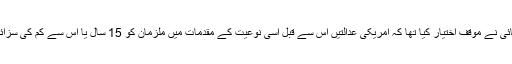
البتہ وکلائے صفائی نے موقف اختیار کیا تھا کہ امریکی عدالتیں اس سے قبل اسی نوعیت کے مقدمات میں ملزمان کو 15 سال یا اس سے کم کی سزائیں دے چکی ہیں۔